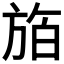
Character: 𪯸